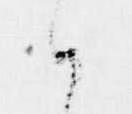
ハ